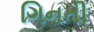
ગિનતી